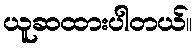
ယူဆထားပါတယ်။